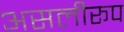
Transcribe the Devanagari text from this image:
असलीरूप